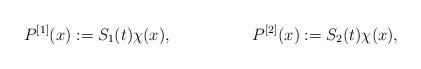
LaTeX: \begin{align*}P^{[1]}(x)&:=S_1(t)\chi(x), & P^{[2]}(x)&:= S_2(t)\chi(x),\end{align*}